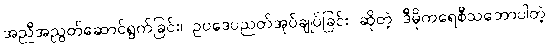
အညီအညွတ်ဆောင်ရွက်ခြင်း၊ ဥပဒေပညတ်အုပ်ချုပ်ခြင်း ဆိုတဲ့ ဒီမိုကရေစီသဘောပါတဲ့